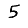
Digit: 5